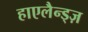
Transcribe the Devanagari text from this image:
हाएलैन्ड्ज़